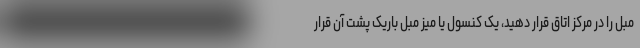
مبل را در مرکز اتاق قرار دهید، یک کنسول یا میز مبل باریک پشت آن قرار